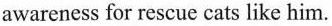
awarenessfor rescue cats like him.